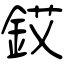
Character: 銰